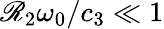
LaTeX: \mathscr{R}_{2}\omega_{0}/c_{3}\ll1